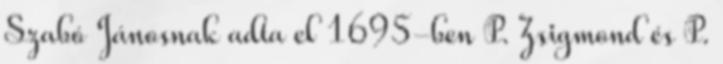
Szabó Jánosnak adta el 1695-ben P. Zsigmond és P.